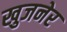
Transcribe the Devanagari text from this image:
खुजनेर